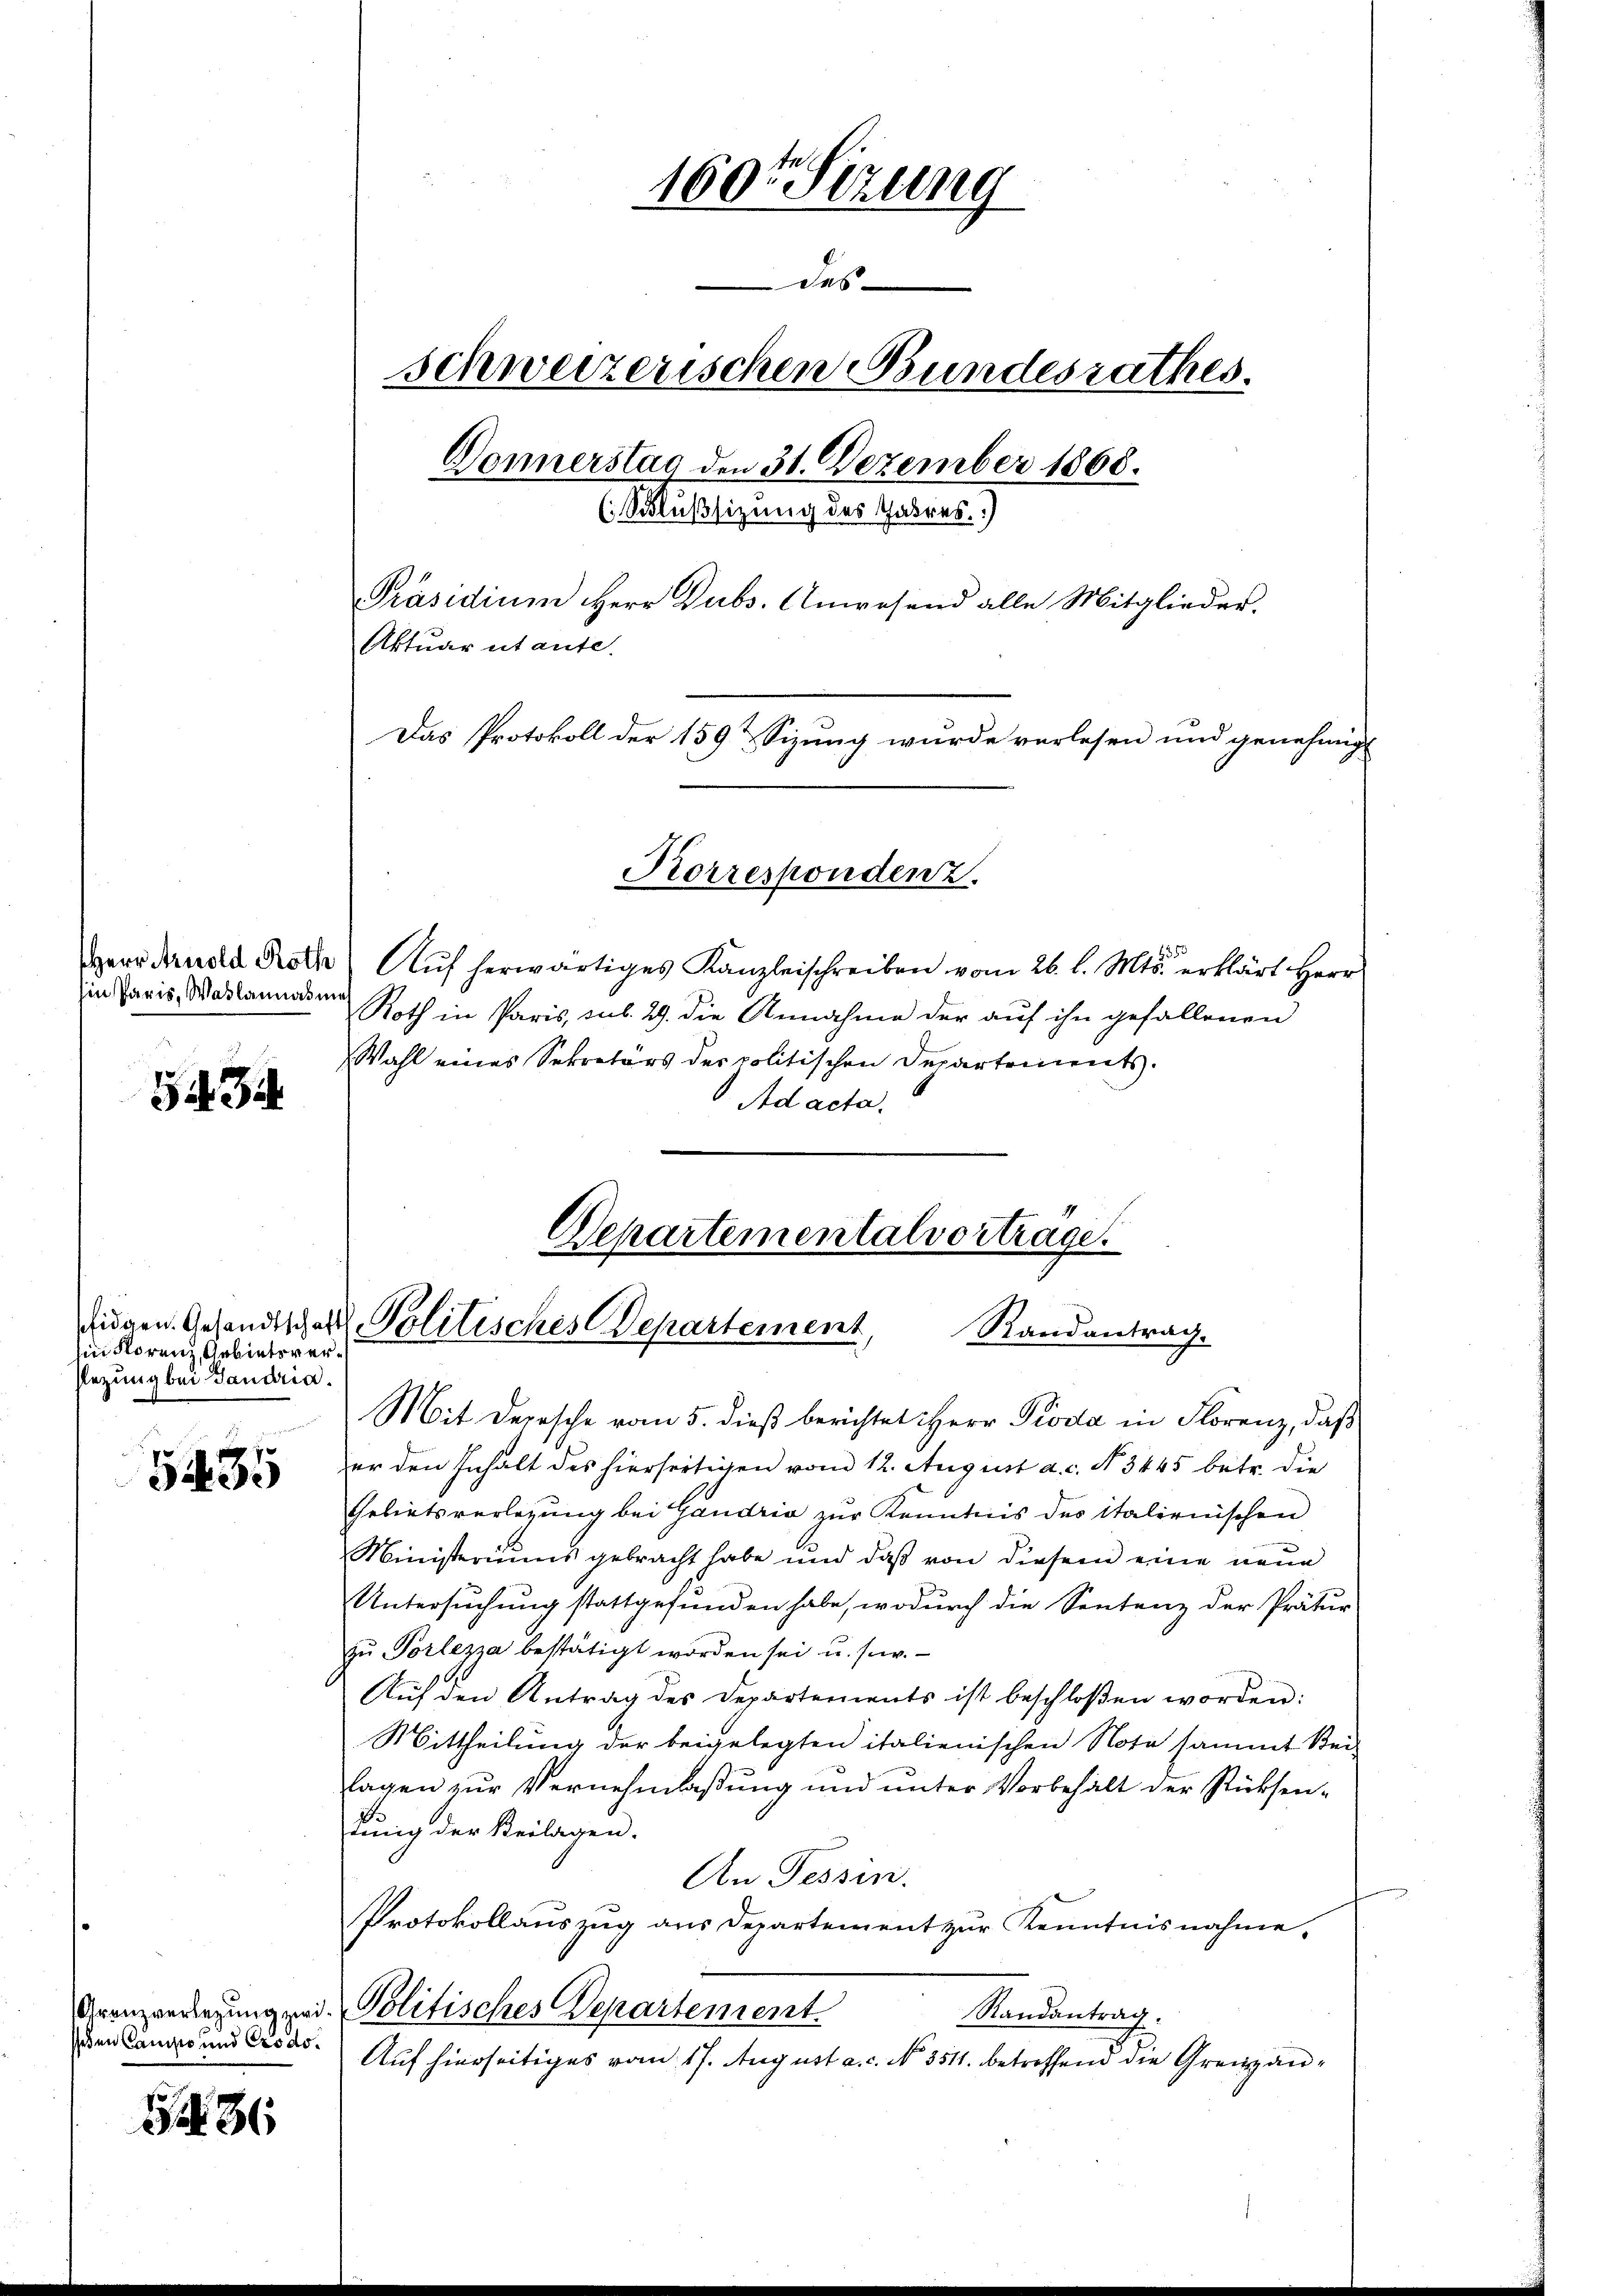
hin Paris, Wahlannas un

52. 3.

in Floren Arbietsversezung bei Landria.

5435

Jeden Camiso und Crodo¬

31

160. Sizung
des
schweizerischen Bundesrathes.
Donnerstag den 31. Dezember 1868.
(Schlußsizung des Gadres.)
Präsidium Herr Dubs, Anwesend alle Mitglieder.
Aktuar utante.
Das Protokoll der 159 & Sizung wurde verlesen und genehmig-
Korresponden z.

Mit Depesche vom 5. dieß berichtet Herr Pioda in Florenz, daß
zer den Inhalt des hierseitigen vom 12. August a. c. N. 3445 betr. die
Gebietsverlegung bei Gandria zur Kenntnis des italienischen
Ministeriums gebracht habe und daß von diesem eine neue
Untersuchung stattgefunden habe, wodurch die Sentenz der Prätur
zu Vorlezza bestätigt worden sei u. s. w.
Aŭf den Antrag des Departements ist beschloßen worden:
Mittheilung der beigelegten italienischen Nota sammt Bei-
lagen zur Vernehmlassung und unter Vorbehält der Rücksenlung der Beilagen.
An Tessin.
Protokollauszug aus Departement zur Kenntnisnahme,
Grenzverlegung pr. Politisches Departement.
Randantrag:
Auf hierseitiges vom 17. August a. c. No. 3511. betreffend die Grenzan¬

835
Herr Arnold Roth Aŭf herwärtiges Kanzleischreiben vom 26. l. Mts. erklärt Herr
Roth in Paris, sub. 29. die Annahme der auf ihn gefallenen
Wahl eines Sekretärs der politischen Departements.
Ad acta,

Departementalvortrage.
didgen. Gesandtschaft Politisches Departement,
Randantrag.